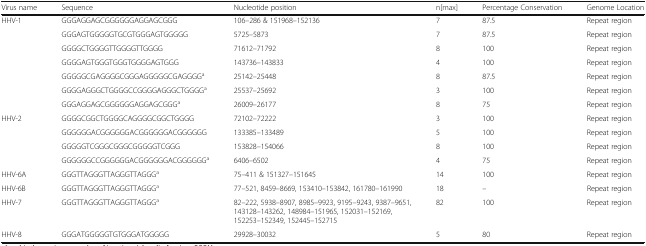
<table><thead><tr><td><b>Virus name</b></td><td><b>Sequence</b></td><td><b>Nucleotide position</b></td><td><b>n[max]</b></td><td><b>Percentage Conservation</b></td><td><b>Genome Location</b></td></tr></thead><tbody><tr><td rowspan="7">HHV-1</td><td>GGGAGGAGCGGGGGGAGGAGCGGG</td><td>106–286 &amp; 151968–152136</td><td>7</td><td>87.5</td><td>Repeat region</td></tr><tr><td>GGGAGTGGGGGTGCGTGGGAGTGGGGG</td><td>5725–5873</td><td>7</td><td>87.5</td><td>Repeat region</td></tr><tr><td>GGGGCTGGGGTTGGGGTTGGGG</td><td>71612–71792</td><td>8</td><td>100</td><td>Repeat region</td></tr><tr><td>GGGGAGTGGGTGGGTGGGGAGTGGG</td><td>143736–143833</td><td>4</td><td>100</td><td>Repeat region</td></tr><tr><td>GGGGGCGAGGGGCGGGAGGGGGCGAGGGG<sup>a</sup></td><td>25142–25448</td><td>8</td><td>87.5</td><td>Repeat region</td></tr><tr><td>GGGGAGGGCTGGGGCCGGGGAGGGCTGGGG<sup>a</sup></td><td>25537–25692</td><td>3</td><td>100</td><td>Repeat region</td></tr><tr><td>GGGAGGAGCGGGGGGAGGAGCGGG<sup>a</sup></td><td>26009–26177</td><td>8</td><td>75</td><td>Repeat region</td></tr><tr><td rowspan="4">HHV-2</td><td>GGGGCGGCTGGGGCAGGGGCGGCTGGGG</td><td>72102–72222</td><td>3</td><td>100</td><td>Repeat region</td></tr><tr><td>GGGGGGACGGGGGGACGGGGGGACGGGGGG</td><td>133385–133489</td><td>5</td><td>100</td><td>Repeat region</td></tr><tr><td>GGGGGTCGGGCGGGCGGGGGTCGGG</td><td>153828–154066</td><td>8</td><td>100</td><td>Repeat region</td></tr><tr><td>GGGGGGCCGGGGGGACGGGGGGACGGGGGG<sup>a</sup></td><td>6406–6502</td><td>4</td><td>75</td><td>Repeat region</td></tr><tr><td>HHV-6A</td><td>GGGTTAGGGTTAGGGTTAGGG<sup>a</sup></td><td>75–411 &amp; 151327–151645</td><td>14</td><td>100</td><td>Repeat region</td></tr><tr><td>HHV-6B</td><td>GGGTTAGGGTTAGGGTTAGGG<sup>a</sup></td><td>77–521, 8459–8669, 153410–153842, 161780–161990</td><td>18</td><td>–</td><td>Repeat region</td></tr><tr><td>HHV-7</td><td>GGGTTAGGGTTAGGGTTAGGG<sup>a</sup></td><td>82–222, 5938–8907, 8985–9923, 9195–9243, 9387–9651, 143128–143262, 148984–151965, 152031–152169, 152253–152349, 152445–152715</td><td>82</td><td>100</td><td>Repeat region</td></tr><tr><td>HHV-8</td><td>GGGATGGGGGTGTGGGATGGGGG</td><td>29928–30032</td><td>5</td><td>80</td><td>Repeat region</td></tr></tbody></table>